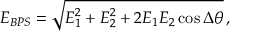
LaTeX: E _ { B P S } = \sqrt { E _ { 1 } ^ { 2 } + E _ { 2 } ^ { 2 } + 2 E _ { 1 } E _ { 2 } \cos \Delta \theta } \, ,